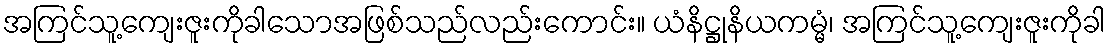
အကြင်သူ့ကျေးဇူးကိုခါသောအဖြစ်သည်လည်းကောင်း။ ယံနိဋ္ဌုနိယကမ္မံ၊ အကြင်သူ့ကျေးဇူးကိုခါ